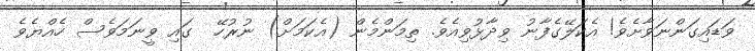
ވަޑައިގަންނަވާށެވެ! އެކަލޭގެފާނު ވިދާޅުވިއެވެ. ތިމަންމެން (އެކަމަށް) ނުރުހޭ  ގައި ވީނަމަވެސް ހެއްޔެވެ